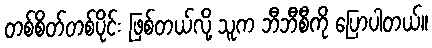
တစ်စိတ်တစ်ပိုင်း ဖြစ်တယ်လို့ သူက ဘီဘီစီကို ပြောပါတယ်။